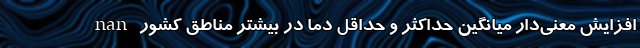
nan افزایش معنی‌دار میانگین حداکثر و حداقل دما در بیشتر مناطق کشور